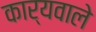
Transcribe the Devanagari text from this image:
कार्यवाले